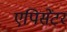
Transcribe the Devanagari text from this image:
एपिसेंटर